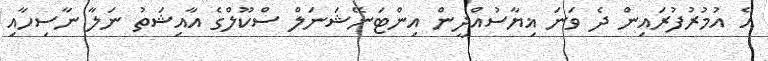
އެ އުމުރުފުރައިން ދެ ވަނަ ޣިޔާސުއްދީން އިންޓަނޭޝަނަލް ސްކޫލްގެ އާއިޝަތު ނަލާ ނާސިހާއި